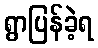
ရွာပြန်ခဲ့ရ